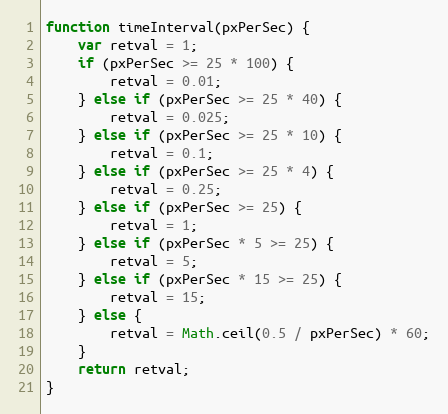
Language: JavaScript
function timeInterval(pxPerSec) {
    var retval = 1;
    if (pxPerSec >= 25 * 100) {
        retval = 0.01;
    } else if (pxPerSec >= 25 * 40) {
        retval = 0.025;
    } else if (pxPerSec >= 25 * 10) {
        retval = 0.1;
    } else if (pxPerSec >= 25 * 4) {
        retval = 0.25;
    } else if (pxPerSec >= 25) {
        retval = 1;
    } else if (pxPerSec * 5 >= 25) {
        retval = 5;
    } else if (pxPerSec * 15 >= 25) {
        retval = 15;
    } else {
        retval = Math.ceil(0.5 / pxPerSec) * 60;
    }
    return retval;
}